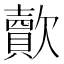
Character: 𣤯